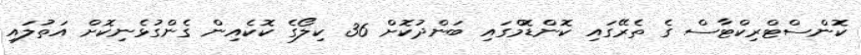
ކޮންސްޓްރިކްޓާސް ގެ ތެރޭގައި ކޮންޑޮމްގައި ބަންދުކޮށް 36 ކިލޯގެ ކޮކެއިން ގެންގުޅެނިކޮށް އަތުލައި